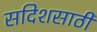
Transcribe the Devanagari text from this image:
सदिशसाठी